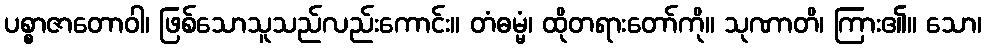
ပစ္စာဇာတောဝါ၊ ဖြစ်သောသူသည်လည်းကောင်း။ တံဓမ္မံ၊ ထိုတရားတော်ကို။ သုဏာတိ၊ ကြား၏။ သော၊